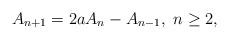
LaTeX: \begin{align*}A_{n+1}=2aA_n-A_{n-1},~n\geq 2,\end{align*}